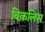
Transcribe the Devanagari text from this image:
विक़लिस